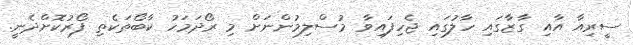
ސީރިއާ އާއި ގާޒާގައި ހާލުގައި ޖެހިފައިވާ މުސްލިމުންނަށް މި ރޯދަމަހު ކާބޯތަކެތި ފޯރުކޮށްދެނީ.